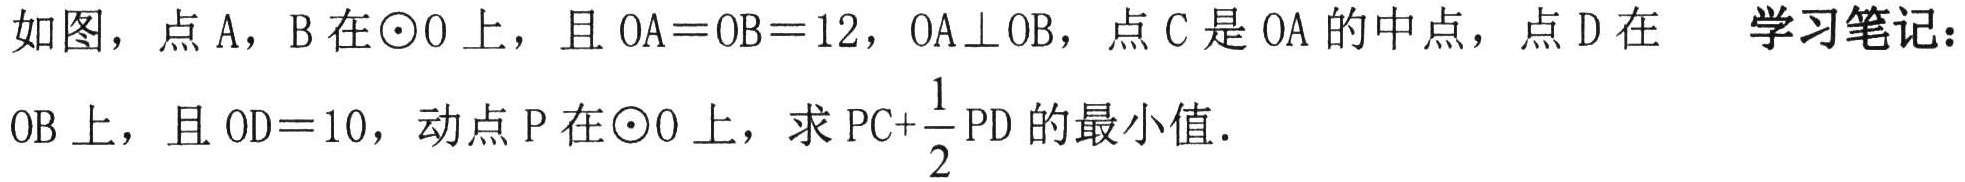
如图，点\(A\)，\(B\)在\(\odot O\)上，且\(OA = OB = 12\)，\(OA\perp OB\)，点\(C\)是\(OA\)的中点，点\(D\)在\(OB\)上，且\(OD = 10\)，动点\(P\)在\(\odot O\)上，求\(PC+\frac{1}{2}PD\)的最小值． 学习笔记：